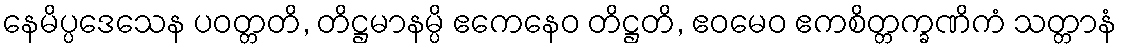
နေမိပ္ပဒေသေန ပဝတ္တတိ, တိဋ္ဌမာနမ္ပိ ဧကေနေဝ တိဋ္ဌတိ, ဧဝမေဝ ဧကစိတ္တက္ခဏိကံ သတ္တာနံ